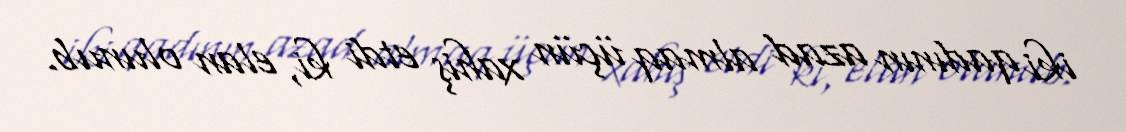
iki qadının azad almaq üçün xahiş etdi ki, elan olunub.